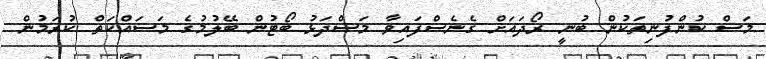
މަސް ކުންފުނިތަކުން ބުނީ ރޯދައަށް ގެނެސްފައިވާ މަސްދަޅު ބޯޓުން ބޭލުމުގެ މަސައްކަތް ކުރަމުން